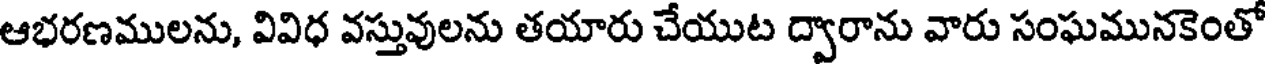
ఆభరణములను, వివిధ వస్తువులను తయారు చేయుట ద్వారాను వారు సంఘమునకెంతో